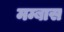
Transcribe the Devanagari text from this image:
मम्बास